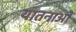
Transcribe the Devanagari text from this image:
यातनाआें